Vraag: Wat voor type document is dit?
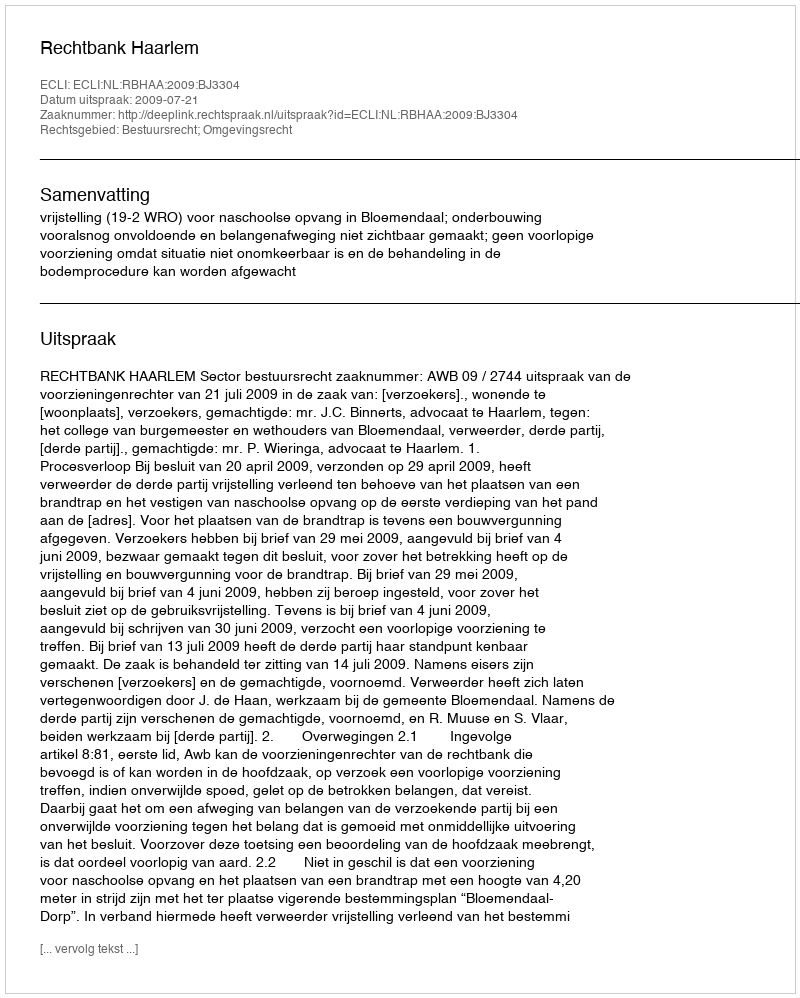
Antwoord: Uitspraak